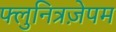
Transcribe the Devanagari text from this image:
फ्लुनित्रज़ेपम